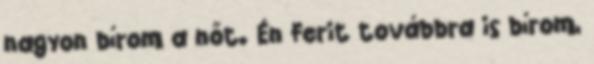
nagyon bírom a nőt. Én Ferit továbbra is bírom,